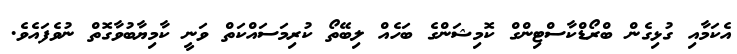
އެކަމާއި ގުޅިގެން ބްރޯޑްކާސްޓިންގް ކޮމިޝަންގެ ބަހެއް ލިބޭތޯ ކުރިމަސައްކަތް ވަނީ ކާމިޔާބުވާގޮތް ނުވެފައެވެ.